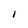
Character: I